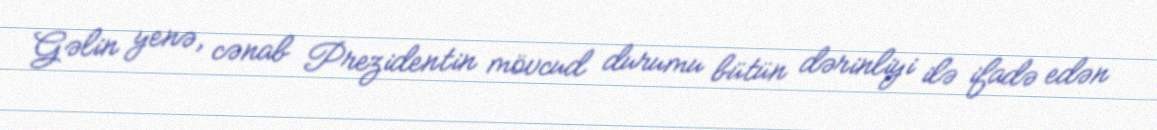
Gəlin yenə, cənab Prezidentin mövcud durumu bütün dərinliyi ilə ifadə edən